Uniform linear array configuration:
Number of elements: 8
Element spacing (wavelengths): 0.5
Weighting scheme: cosine
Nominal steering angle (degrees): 45
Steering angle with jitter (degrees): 44.467
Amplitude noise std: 0.05
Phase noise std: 0.05

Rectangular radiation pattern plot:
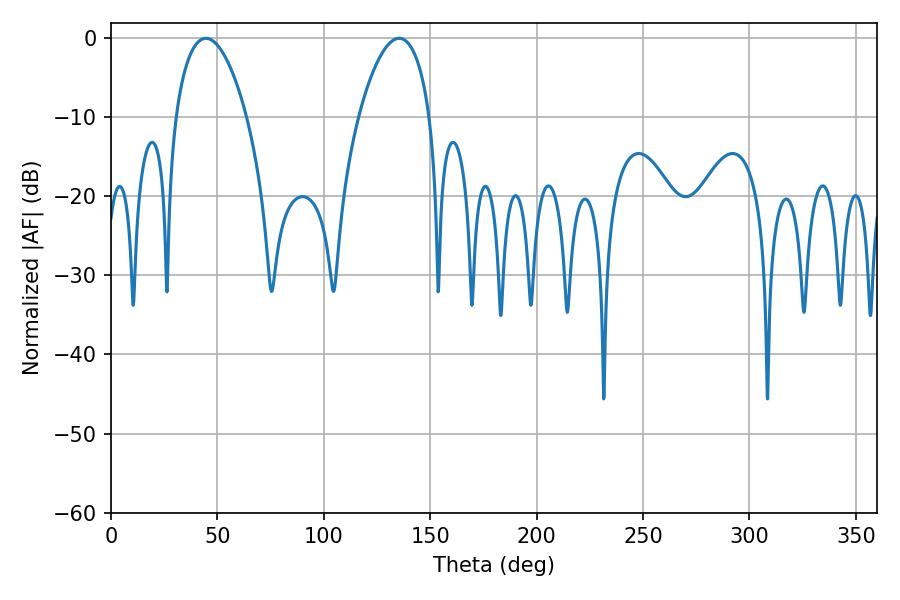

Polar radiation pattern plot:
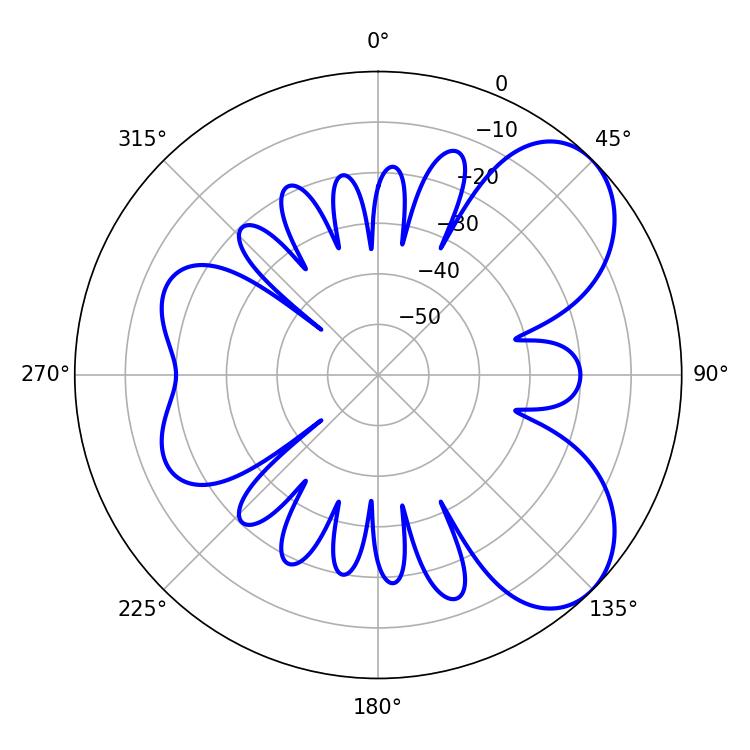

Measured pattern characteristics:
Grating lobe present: FALSE
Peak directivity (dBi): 6.279
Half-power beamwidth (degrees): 18.72
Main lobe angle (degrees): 44.64